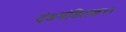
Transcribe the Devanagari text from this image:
दंडमंडितकरा